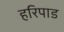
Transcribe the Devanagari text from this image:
हरिपाड